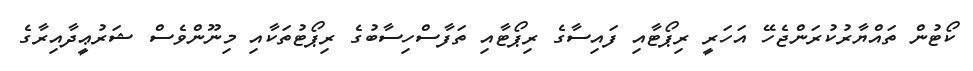
ކޯޓުން ތައްޔާރުކުރަންޖެހޭ އަހަރީ ރިޕޯޓާއި ފައިސާގެ ރިޕޯޓާއި ތަފާސްހިސާބުގެ ރިޕޯޓުތަކާއި މިނޫންވެސް ޝަރުޢީދާއިރާގެ